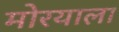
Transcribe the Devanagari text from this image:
मोरयाला